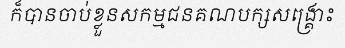
ក៏បានចាប់ខ្លួនសកម្មជនគណបក្សសង្គ្រោះ